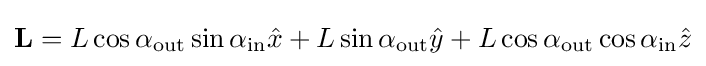
\mathbf {L} =L\cos \alpha _{\mathrm {out} }\sin \alpha _{\mathrm {in} }{\hat {x}}+L\sin \alpha _{\mathrm {out} }{\hat {y}}+L\cos \alpha _{\mathrm {out} }\cos \alpha _{\mathrm {in} }{\hat {z}}